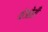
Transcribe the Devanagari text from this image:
थेओरी